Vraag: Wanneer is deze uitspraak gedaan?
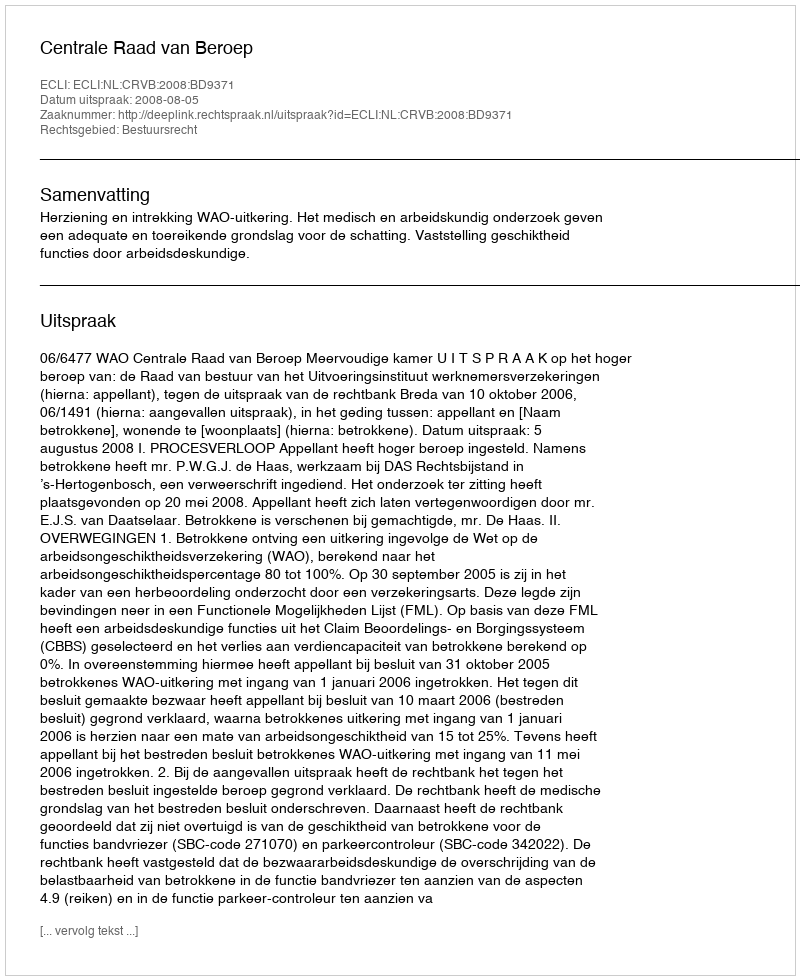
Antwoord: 2008-08-05